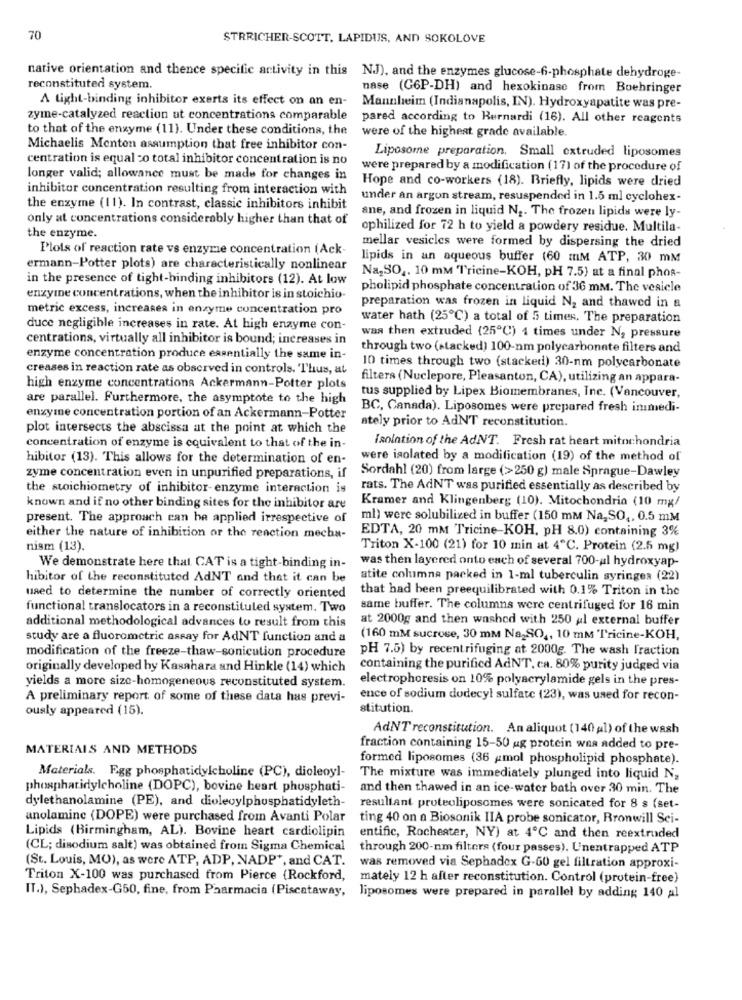
70
STRRICHER-SCOTT, LAPIDUS, AND SOKOLOVE
native orientation and thence specific activity in this NJ), and the enzymes glucose-6-phosphate dehydroge-
reconstituted system.
nase (G6P-DH) and hexokinase from Boehringer
A light-binding inhibitor exerts its effect on an en-
Mannheim (Indianapolis, IN). Hydroxyapatite was pre-
zyme-catalyzed reaction at concentrations comparable
pared according to Bernardi (16). All other reagents
to that of the enzyme (11). Under these conditions, the
were of the highest grade available.
Michaelis Menton assumption that free inhibitor con-
centration is equal :o total inhibitor concentration is no
Liposome preparation, Small extruded liposomes
were prepared by a modification (17) of the procedure of
longer valid; allowance must be made for changes in
Hope and co-workers (18). Briefly, lipids were dried
inhibitor concentration resulting from interaction with
under an argon stream, resuspended in 1.5 ml cyclohex-
the enzyme (11). In contrast, classic inhibitors inhibit
ane, and frozen in liquid N2. The frozen lipids were ly-
only at concentrations considerably higher than that of
ophilized for 72 h to yield a powdery residue. Multila-
the enzyme.
mellar vesicles were formed by dispersing the dried
Plots of reaction rate vs enzyme concentration (Ack-
lipids in an aqueous buffer (60 mM ATP, 30 mM
ermann-Potter plots) are characteristically nonlinear
in the presence of tight-binding inhibitors (12). At low
Na,SO ,. 10 mm 'Tricine-KOH, pH 7.5) at a final phos-
pholipid phosphate concentration of 36 mM. The vesicle
enzyme concentrations, when the inhibitor is in stoichio-
metric excess, increases in enzyme concentration pro
preparation was frozen in liquid N2 and thawed in a
water hath (25℃) a total of 5 times, The preparation
duce negligible increases in rate. At high enzyme con-
centrations, virtually all inhibitor is bound; increases in
was then extruded (25℃) 4 times under No pressure
through two (stacked) 100-nm polycarbonate filters and
enzyme concentration produce essentially the same in-
creases in reaction rate as observed in controls. Thus, at
10 times through two (stacked) 30-nm polycarbonate
filters (Nuclepore, Pleasanton, CA), utilizing an appara-
high enzyme concentrations Ackermann-Potter plots
are parallel. Furthermore, the asymptote to the high
tus supplied by Lipex Biomembranes, Inc. (Vancouver,
BC, Canada). Liposomes were prepared fresh inmedi-
enzyme concentration portion of an Ackermann-Potter
ately prior to AdNT reconstitution.
plot intersects the abscissa at the point at which the
Isolation of the AdNT. Fresh rat heart mitochondria
concentration of enzyme is equivalent to that of the in-
hibitor (13). This allows for the determination of en-
were isolated by a modification (19) of the method of
Sordahl (20) from large (>250 g) male Sprague-Dawley
zyme concentration even in unpurified preparations, if
the stoichiometry of inhibitor-enzyme interaction is
rats. The AdNT was purified essentially as described by
Kramer and Klingenberg (10). Mitochondria (10 mg/
known and if no other binding sites for the inhibitor are
present. The approach can be applied irrespective of
ml) were solubilized in buffer (150 mm Na, SO ,, 0.5 mM
EDTA, 20 mM Tricine-KOH, pH 8.0) containing 3%
either the nature of inhibition or the reaction mecha-
nism (13).
Triton X-100 (21) for 10 min at 4℃. Protein (2.5 mg)
was then layered onto each of several 700-al hydroxyap-
We demonstrate here that CAT is a tight-binding in-
hibitor of the reconstituted AdNT and that it can be
atite columna packed in 1-ml tuberculin syringes (22)
that had been preequilibrated with 0.1% Triton in the
used to determine the number of correctly oriented
functional translocators in a reconstituted system. Two
same buffer. The columns were centrifuged for 16 min
additional methodological advances to result from this
at 2000g and then washed with 250 ul external buffer
study are a fluorometric assay for AdNT function and a
(160 mM sucrose, 30 mm Na,SO ,, 10 mm Tricine-KOH,
modification of the freeze-thaw-sonicution procedure
pH 7.5) by recentrifuging at 2000g. The wash fraction
originally developed by Kasahara and Hinkle (14) which
containing the purificd AdNT, ca. 80% purity judged via
yields a more size-homogeneous reconstituted system.
electrophoresis on 10% polyacrylamide gels in the pres-
A preliminary report of some of these data has previ-
ence of sodium dodecyl sulfate (23), was used for recon-
ously appeared (15).
stitution.
AdNT reconstitution. An aliquot (140 al) of the wash
MATERIALS AND METHODS
fraction containing 15-50 ug protein wna added to pre-
formed liposomes (36 amol phospholipid phosphate).
Materials. Egg phosphatidylcholine (PC), dioleoyl-
The mixture was immediately plunged into liquid N,
phosphatidylcholine (DOPC), bovine heart phosphati-
and then thawed in an ice-water bath over 30 min. The
dylethanolamine (PE), and dioleoylphosphatidyleth-
resultant proteoliposomes were sonicated for 8 s (set-
anolamine (DOPE) were purchased from Avanti Polar
ting 40 on a Biosonik IIA probe sonicator, Rronwill Sci-
Lipids (Birmingham, AL). Bovine heart cardiolipin
entific, Rochester, NY) at 4℃ and then reextruded
(CL; disodium salt) was obtained from Sigma Chemical
through 200-nm filters (four passes). Unentrapped ATP
(St. Louis, MO), as were ATP, ADP, NADP", and CAT.
was removed via Sephadex G-60 gel filtration approxi-
Triton X-100 was purchased from Pierce (Rockford,
mately 12 h after reconstitution. Control (protein-free)
IT.), Sephadex-G50, fine, from Pharmacia (Piscataway,
liposomes were prepared in parallel by adding 140 al